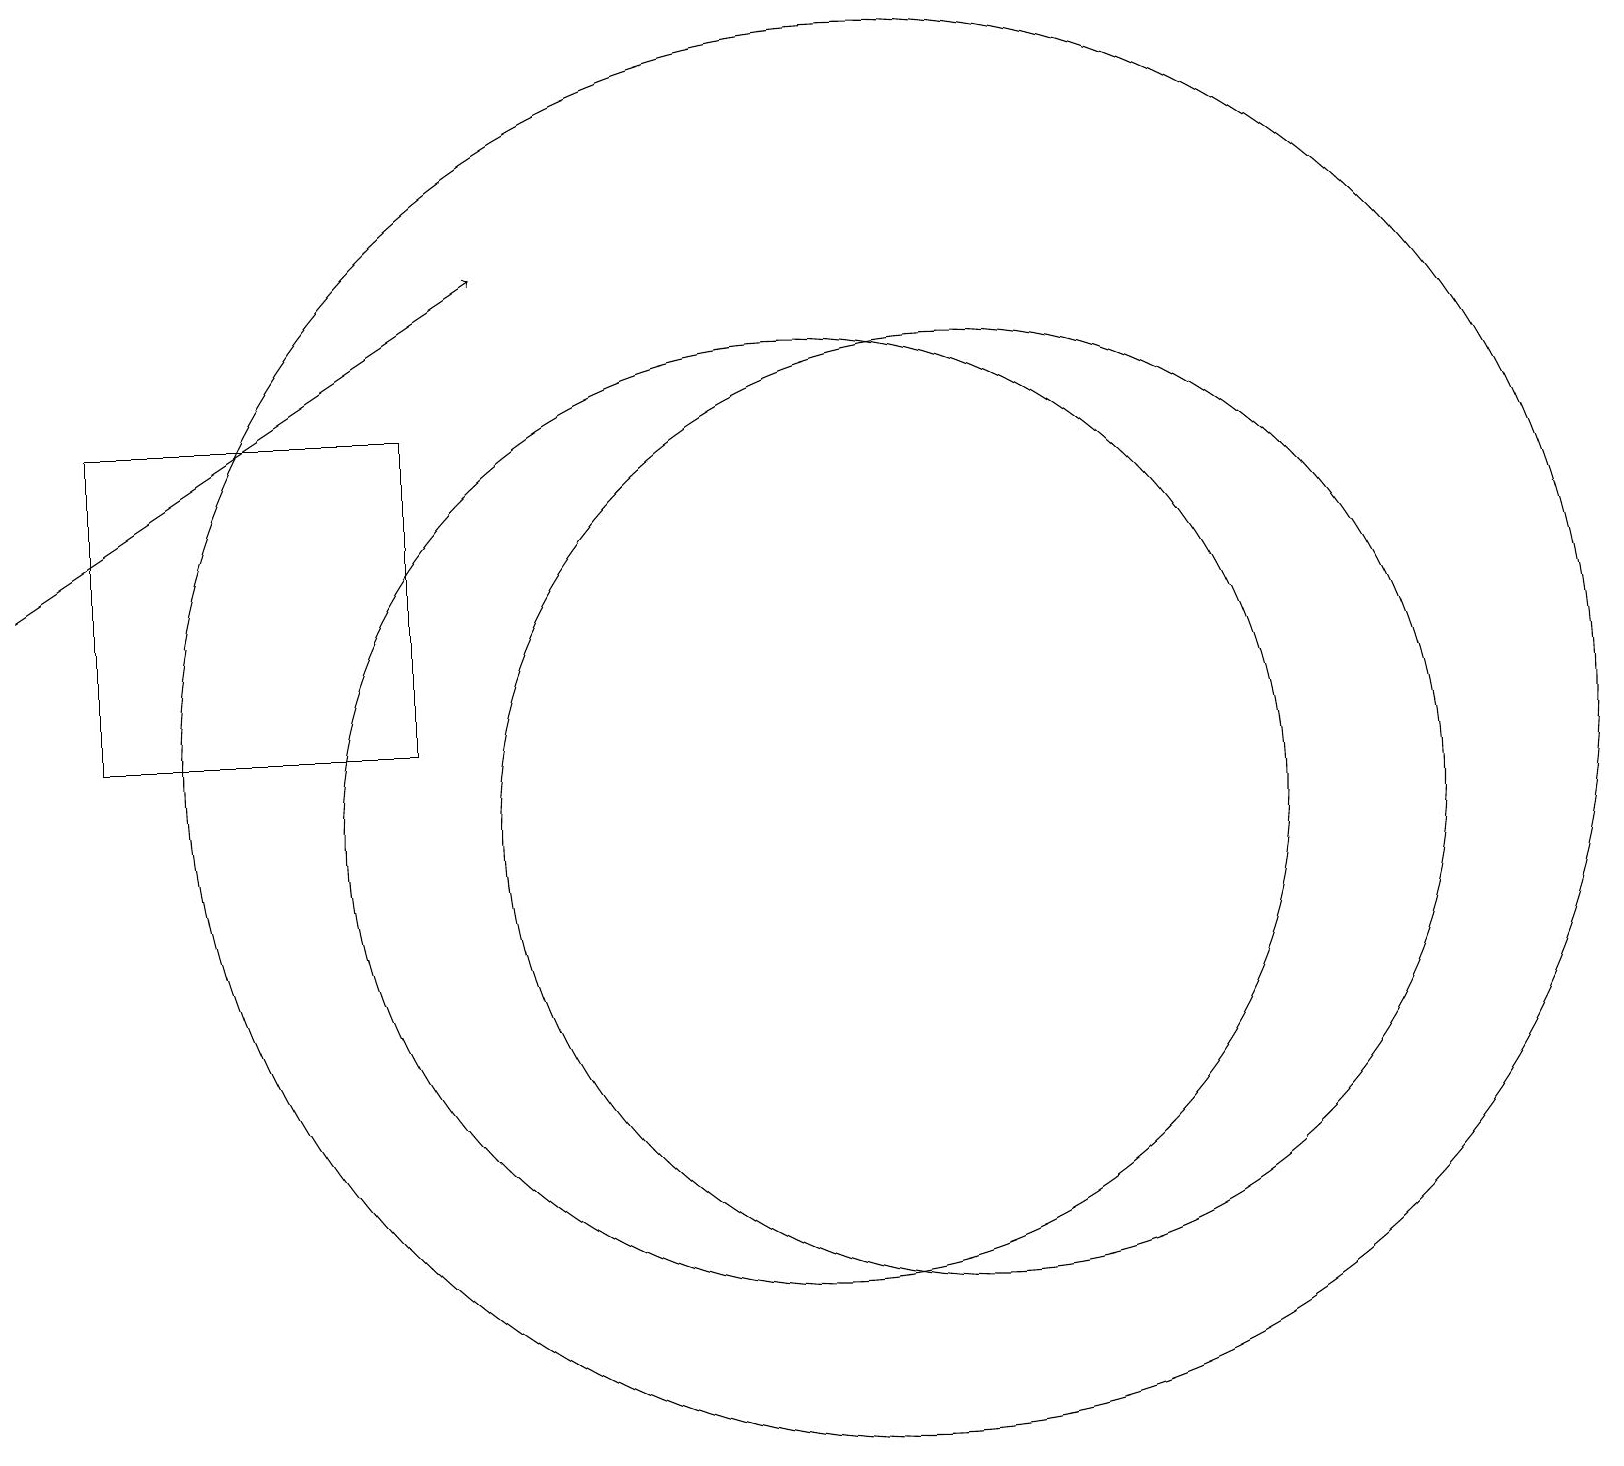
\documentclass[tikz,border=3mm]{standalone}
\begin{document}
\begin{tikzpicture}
\draw[->] (0,13) -- (6,17);
\draw (5,15) rectangle (1,11);
\draw (12,10) circle (6);
\draw (10,10) circle (6);
\draw (11,11) circle (9);
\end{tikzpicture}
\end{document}